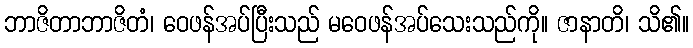
ဘာဇိတာဘာဇိတံ၊ ဝေဖန်အပ်ပြီးသည် မဝေဖန်အပ်သေးသည်ကို။ ဇာနာတိ၊ သိ၏။